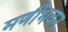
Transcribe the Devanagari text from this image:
मणीभवन